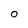
Character: 0